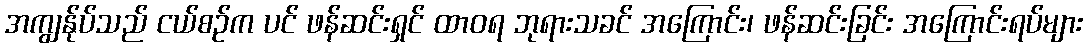
အကျွန်ုပ်သည် ငယ်စဉ်က ပင် ဖန်ဆင်းရှင် ထာဝရ ဘုရားသခင် အကြောင်း၊ ဖန်ဆင်းခြင်း အကြောင်းရပ်များ